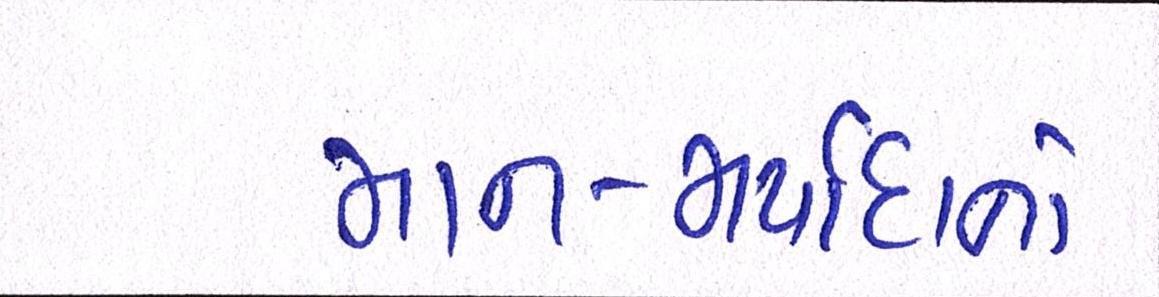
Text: માન-મર્યાદાનો